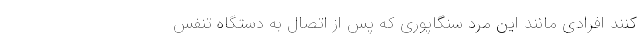
کنند افرادی مانند این مرد سنگاپوری که پس از اتصال به دستگاه تنفس